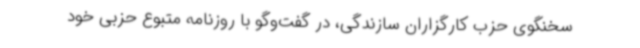
سخنگوی حزب کارگزاران سازندگی، در گفت‌وگو با روزنامه متبوع حزبی خود